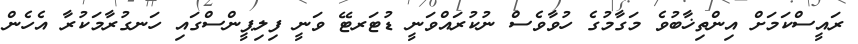
ރައީސްކަމަށް އިންތިޚާބުވެ މަގާމުގެ ހުވާވެސް ނުކުރައްވަނީ ޑުޓަރޓޭ ވަނީ ފިލިޕީންސްގައި ހަނގުރާމަކުރާ އެހެން